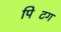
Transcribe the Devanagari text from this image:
पिटिंग